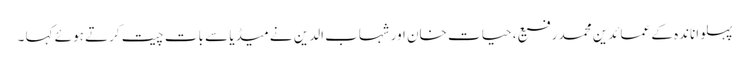
پہلواناندہ کے عمائدین محمد رفیع ، حیات خان اور شہاب الدین نے میڈیا سے بات چیت کرتے ہوئے کہا ۔